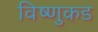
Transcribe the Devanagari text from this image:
विष्णुकड